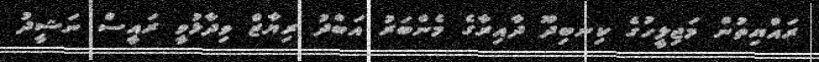
ރައްޔިތުން މަޖިލީހުގެ ކިނބިދޫ ދާއިރާގެ މެންބަރު އަބްދު ރިޔާޒް ވިދާޅުވީ ރައީސް ނަޝީދު